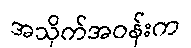
အသိုက်အဝန်းက